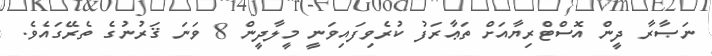
ނަޞާރާ ދީން އޮސްޓްރިޔާއަށް ތަޢާރަފު ކުރެވިފައިވަނީ މީލާދީން 8 ވަނަ ޤަރުނުގެ ތެރޭގައެވެ.